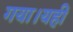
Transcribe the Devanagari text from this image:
गया।यहीं